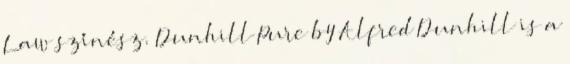
Law színész. Dunhill Pure by Alfred Dunhill is a